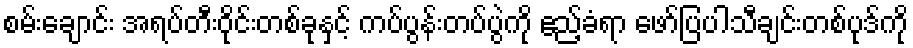
စမ်းချောင်း အရပ်တီးဝိုင်းတစ်ခုနှင့် ကပ်ပွန်းတပ်ပွဲကို ဧည့်ခံရာ ဖော်ပြပါသီချင်းတစ်ပုဒ်ကို